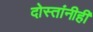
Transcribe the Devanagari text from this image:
दोस्तांनीही